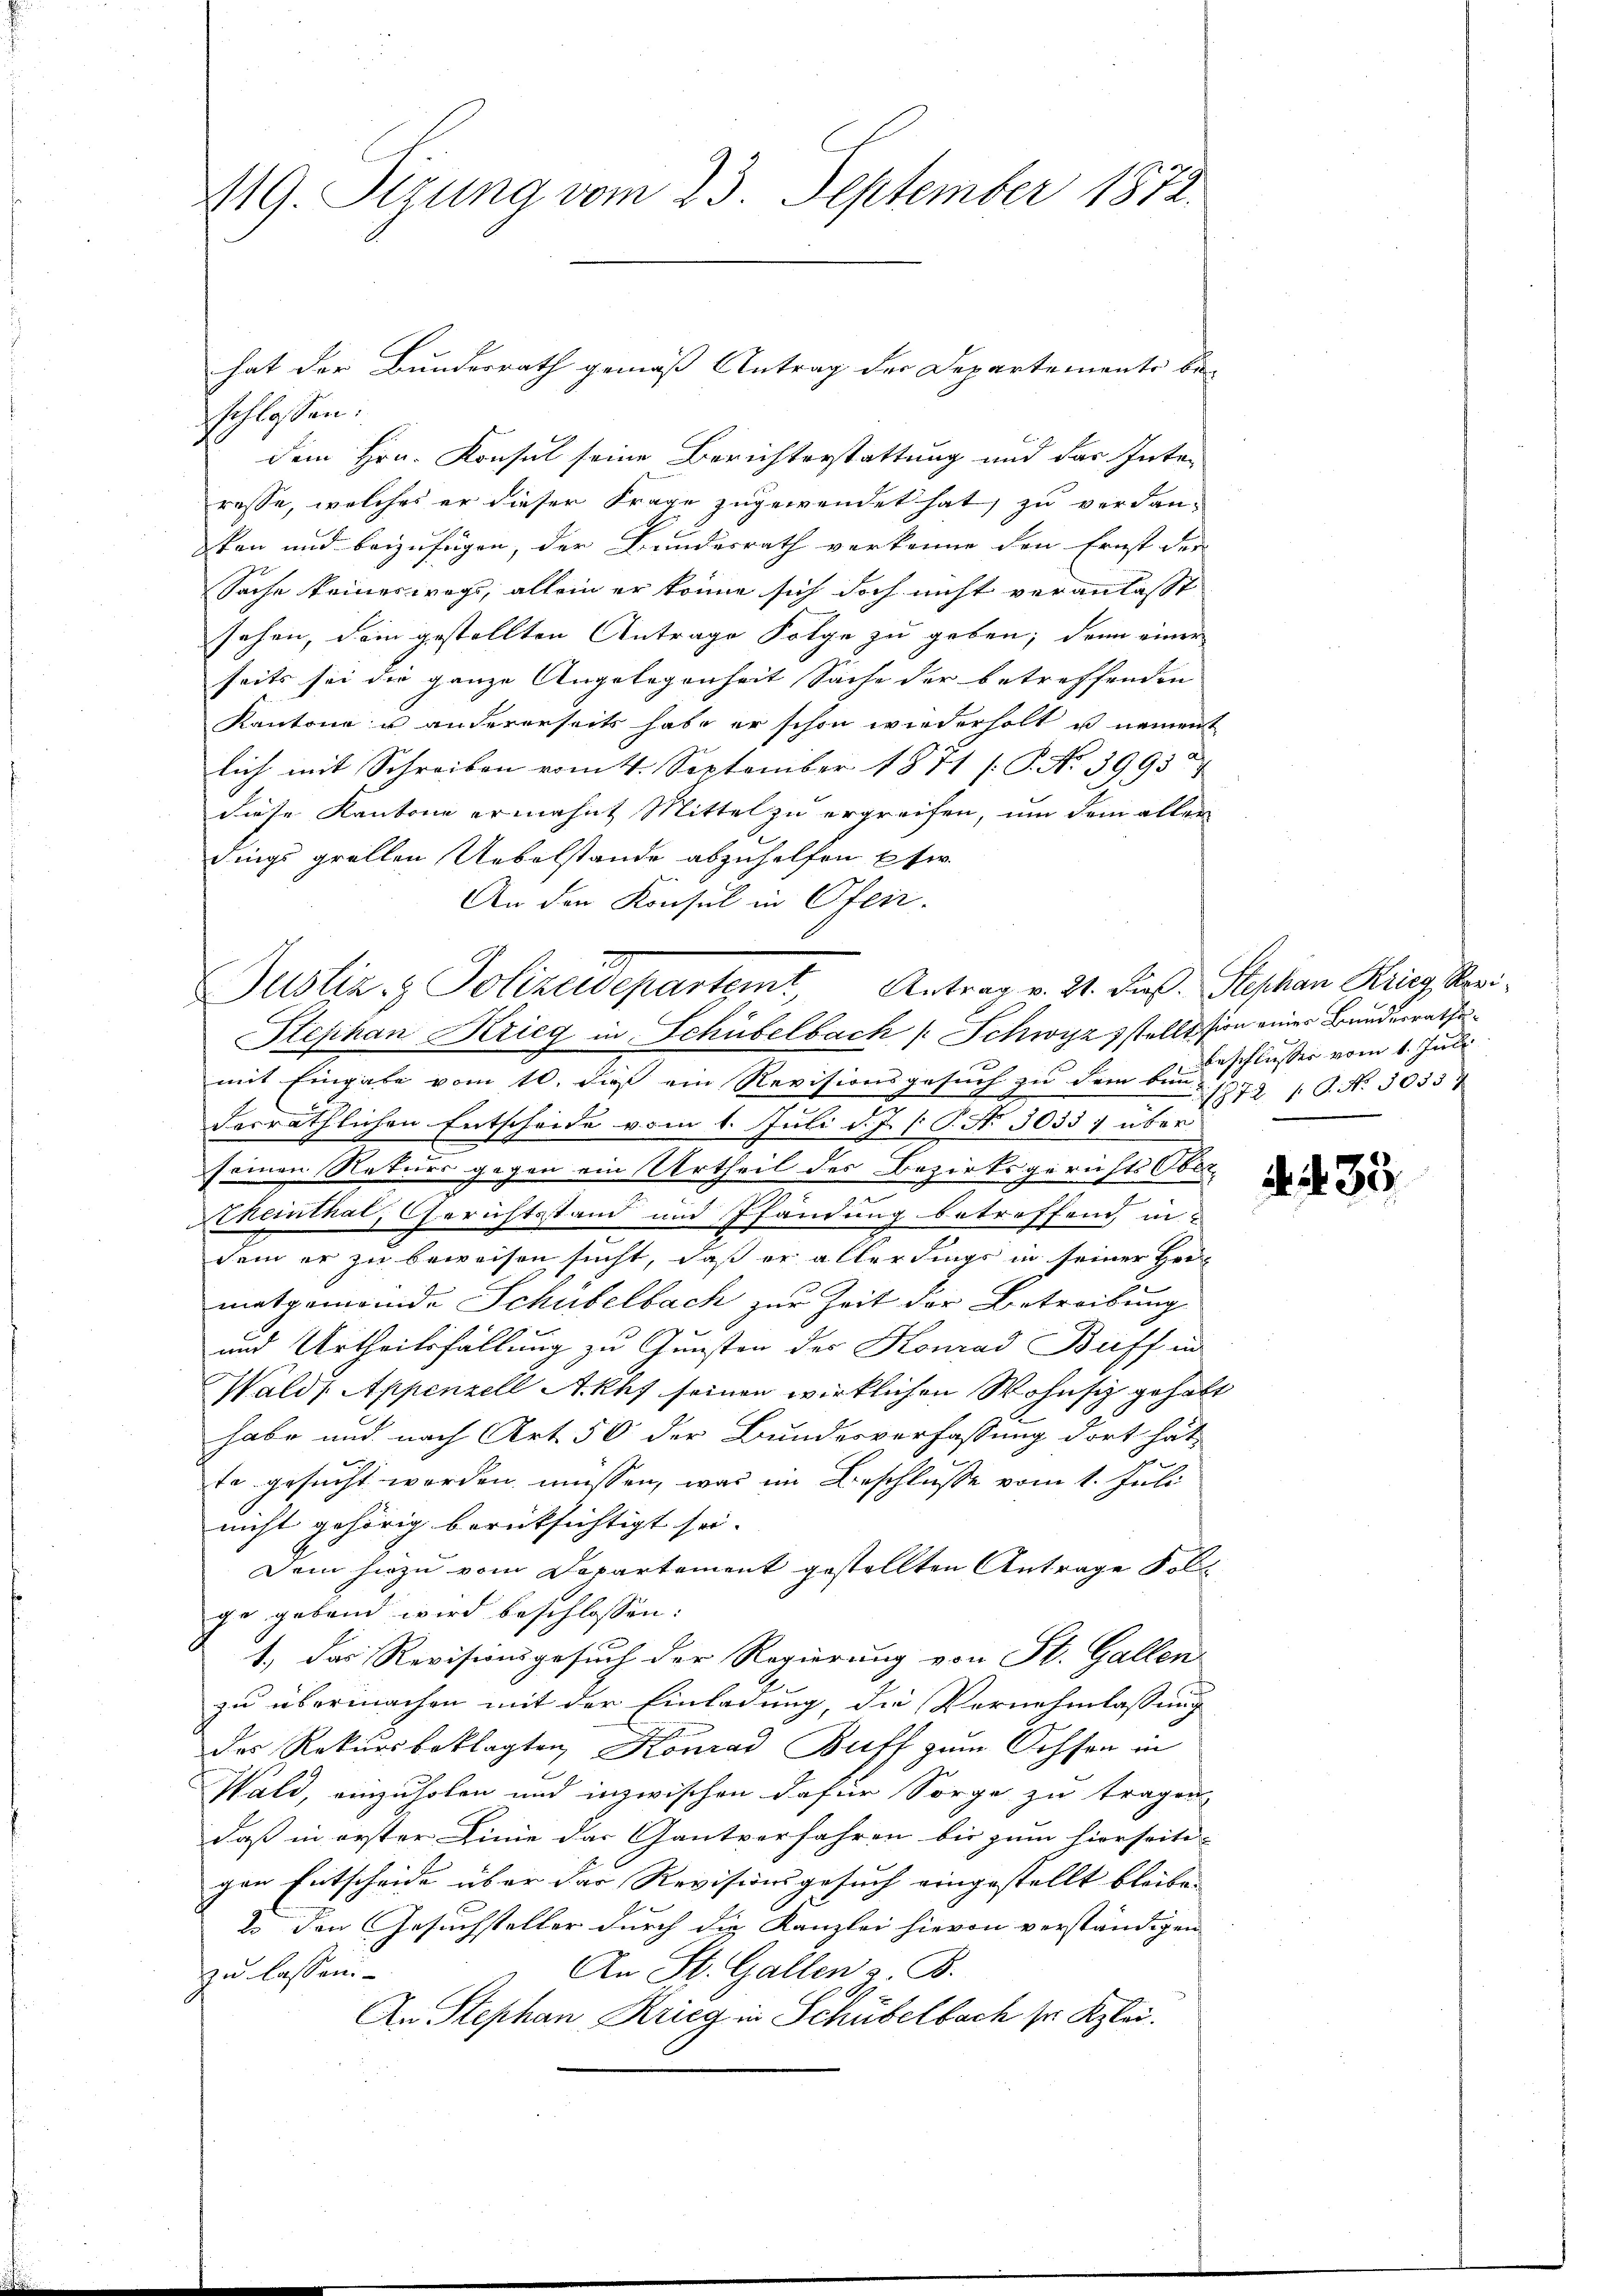
119. Otzung vom 23. September 1872.

schlossen:
dem Hrn. Konsul seine Berichterstattung und das Inte-
resse, welches er dieser Frage zugewendet hat, zu verdanken und beizufügen, der Bundesrath verkenne den Ernst der
Sache keineswegs, allein er könne sich doch nicht veranlasst
sehen, dein gestellten Antrage Folge zu geben; denn einer
seits sei die ganze Angelegenheit Sache der betreffenden
Kantone u andererseits habe er schon wiederholt u nement
lich mit Schreiben vom 4. September 1871 [P. No 39952
diese Kantone ermahnt Mittel zu ergreifen, um dem aller
dings grollen Uebelstande abzuhelfen Etw
An den Konsul in Ofen.
mit Eingabe vom 10. dieß ein Revision
derräthlichen Entscheide vom 1. Juli d. J. P. P. No. 30337 über
seinen Naturs gegen ein Urtheil des Bezirksgerichts Obere
theinthal, Gerichtsstand und Pfändung betreffend, in
dem er zu beweisen sucht, daß er allerdings in seiner Her
matgemande Schübelbach zur Zeit der Betreibung
und Urtheilsfällung zu Gunsten des Konrad Buff in
Wald, Appenzell Akuf seinen wirklichen Wohnsiz gehalt
habe und nach Art. 50 der Bundesverfassung dort hät
te gesucht worden müssen, was im Beschlusse vom 1. Juli
nicht gehörig berücksichtigt sei.
Dem hiezu vom Departement gestellten Antrage Fol
ge gebend wird beschlossen:
1.) Das Revisionsgesuch der Regierung von St. Gallen
zu übermachen mit der Einladung, die Vernehmlassung
das Rekursbeklagten Konrad Buff zum Ochsen in
Wald, einzuholen und inzwischen dafür Sorge zu tragen
daß in erster Linie das Gantverfahren bis zum hierseite
gen Entscheide über der Revisionsgesuch eingestellt bleibe,
2 den Gesuchsteller durch die Kanzlei hievon verständigen
An St. Gallen z. B.
zu lassen.
An Stephan Krieg in Schübelbach sr. Kzlei.

hat der Bundesrath gemäß Antrag der Departemente be-

Justiz & Polizeidepartemt, Antrag v. 21. Die Stephan Krieg Uri¬
Stephan Krieg in Schübelbach / Schwyz) stellssion einer Bundesrathe¬

beschlusser vom 1. Juni
gesuch zu dem bin. 1872 f. No. 5035

d. 2. 33